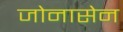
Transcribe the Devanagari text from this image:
जोनासेन